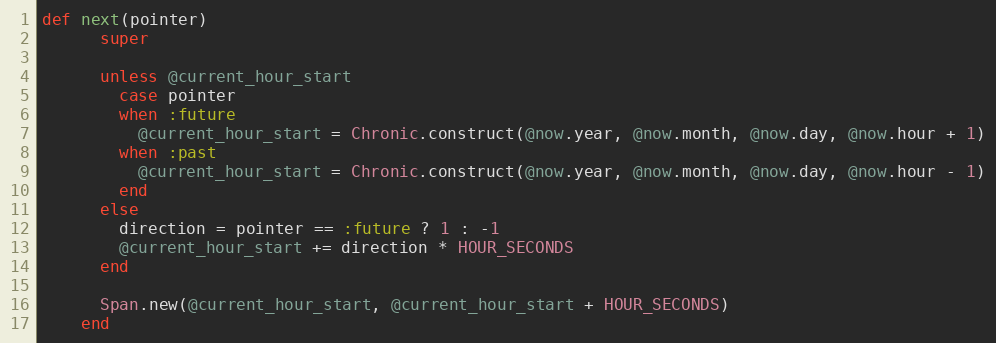
Language: Ruby
def next(pointer)
      super

      unless @current_hour_start
        case pointer
        when :future
          @current_hour_start = Chronic.construct(@now.year, @now.month, @now.day, @now.hour + 1)
        when :past
          @current_hour_start = Chronic.construct(@now.year, @now.month, @now.day, @now.hour - 1)
        end
      else
        direction = pointer == :future ? 1 : -1
        @current_hour_start += direction * HOUR_SECONDS
      end

      Span.new(@current_hour_start, @current_hour_start + HOUR_SECONDS)
    end